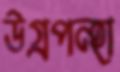
উগ্রপন্হা